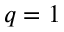
q = 1